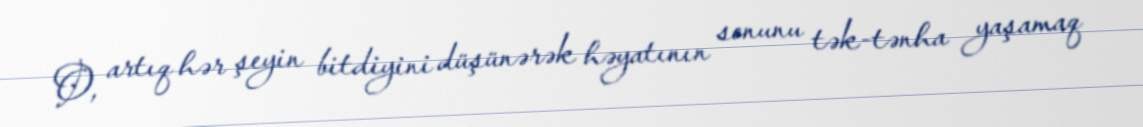
O, artıq hər şeyin bitdiyini düşünərək həyatının sonunu tək-tənha yaşamaq